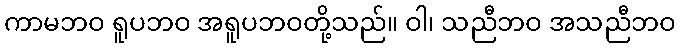
ကာမဘဝ ရူပဘဝ အရူပဘဝတို့သည်။ ဝါ၊ သညီဘဝ အသညီဘဝ